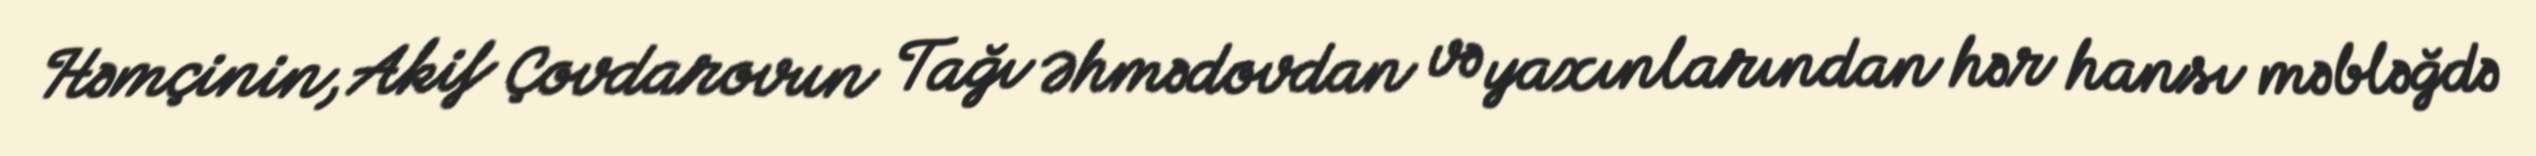
Həmçinin, Akif Çovdarovun Tağı Əhmədovdan və yaxınlarından hər hansı məbləğdə